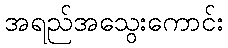
အရည်အသွေးကောင်း